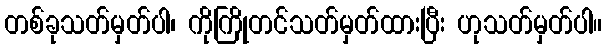
တစ်ခုသတ်မှတ်ပါ၊ ကိုကြိုတင်သတ်မှတ်ထားပြီး ဟုသတ်မှတ်ပါ။